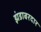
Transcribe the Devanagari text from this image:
झंडाबरदार